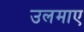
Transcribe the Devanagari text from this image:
उलमाए